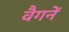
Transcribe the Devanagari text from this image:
वैगनें